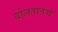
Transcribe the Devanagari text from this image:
बोलतातच